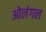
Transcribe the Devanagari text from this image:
ओलंगल